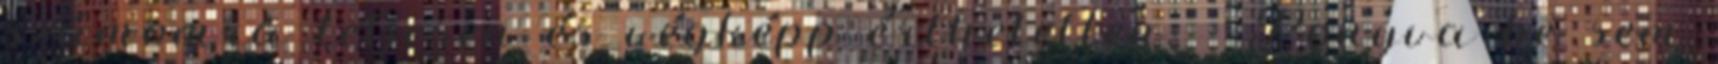
számomra teljesen és végképp érthetetlen. - Ponyva be sem